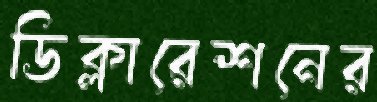
ডিক্লারেশনের